Code of medical and sanitary regulations for the guidance of medical officers serving in the Madras Presidency - Volume II
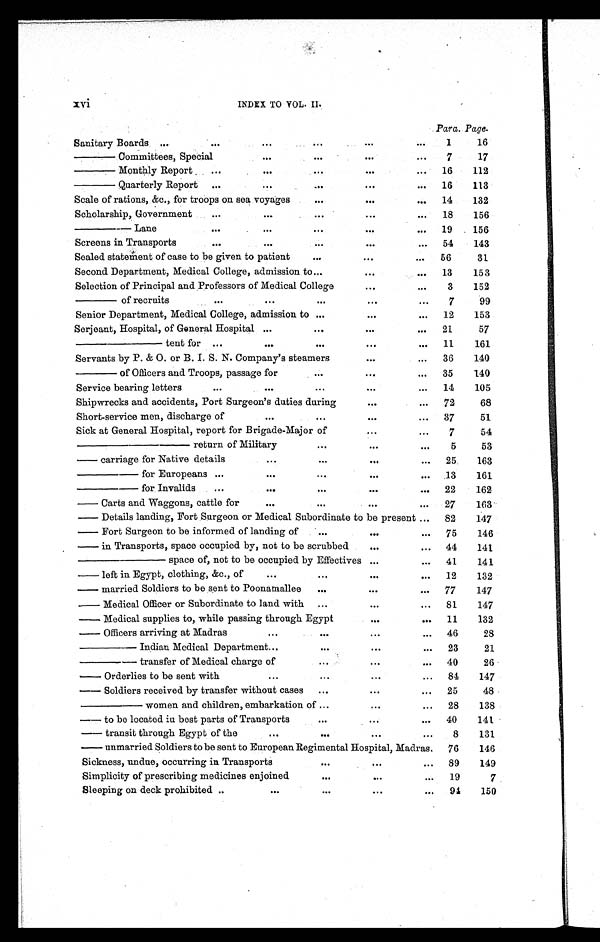
xvi
INDEX TO VOL. II.
Para. Page.
Sanitary Boards
. . .
. . .
. . .
...
...
...
1
16
—— Committees, Special
. . .
...
...
...
7
17
—— Monthly Report
. . .
. . .
. . .
...
...
16
112
—— Quarterly Report
...
. . .
...
...
...
16
113
Scale of rations, &c., for troops on sea voyages
...
...
...
14
132
Scholarship, Government
. . .
. . .
...
...
...
18
156
— — — L a n e
. . .
. . .
...
...
...
19
156
Screens in Transports
. . .
. . .
...
...
...
54
143
Sealed statement of case to be given to patient
...
...
...
56
31
Second Department, Medical College, admission to ...
...
...
13
153
Selection of Principal and Professors of Medical College
...
...
3
152
—— of recruits
. . .
. . .
...
...
...
7
99
Senior Department, Medical College, admission to ...
. . .
...
12
153
Serjeant, Hospital, of General Hospital
. . .
...
...
...
21
57
———— tent for
. . .
. . .
...
...
...
11
161
Servants by P. & O. or B. I. S. N. Company's steamers
...
...
36
140
—— of Officers and Troops, passage for
...
...
...
35
140
Service bearing letters
. . .
. . .
...
...
...
14
105
Shipwrecks and accidents, Port Surgeon's duties during
...
...
7 2
68
Short-service men, discharge of
. . .
...
...
...
37
51
Sick at General Hospital, report for Brigade-Major of
...
...
7
54
————— return of Military
...
. . .
...
5
53
— c a r r i a g e f o r N a t i v e d e t a i l s
. . . ...
. . .
...
25
163
— — — f o r E u r o p e a n s
. . .
. . .
...
. . .
...
13
161
— — — f o r I n v a l i d s
. . .
. . .
...
. . .
...
22
162
— Carts and Waggons, cattle for
. . .
...
...
...
27
163
— Details landing, Fort Surgeon or Medical Subordinate to be present ...
82
147
— Fort Surgeon to be informed of landing of
...
. . .
...
75
146
— i n T r a n s p o r t s , s p a c e o c c u p i e d b y , n o t t o b e s c r u b b e d
. . .
...
44
141
———— space of, not to be occupied by Effectives ...
...
41
141
— left in Egypt, clothing, &c., of
. . .
...
...
...
12
132
— m a r r i e d S o l d i e r s t o b e s e n t t o P o o n a m a l l e e
...
. . .
...
77
147
— M e d i c a l O f f i c e r o r S u b o r d i n a t e t o l a n d w i t h
...
. . .
...
81
147
— Medical supplies to, while passing through Egypt
. . .
...
11
132
— Officers arriving at Madras
. . .
...
. . .
...
46
28
——— Indian Medical Department
. . .
...
. . .
...
23
21
——— transfer of Medical charge of
...
. . .
...
40
26
— Orderlies to be sent with
. . .
...
. . .
...
84
147
— Soldiers received by transfer without cases
...
. . .
...
25
48
——— women and children, embarkation of ...
. . .
...
28
138
— to be located iu best parts of Transports
...
. . .
...
40
141
— t r a n s i t t h r o u g h E g y p t o f t h e
. . .
...
. . .
...
8
131
— u n m a r r i e d S o l d i e r s t o b e s e n t t o E u r o p e a n R e g i m e n t a l H o s p i t a l , M a d r a s . 76
146
Sickness, undue, occurring in Transports
...
...
...
89
149
Simplicity of prescribing medicines enjoined
...
. . . ...
19
7
Sleeping on deck prohibited ..
. . .
...
. . .
. . .
94
150